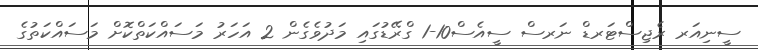
ސީނިއަރ ރެޖިސްޓަރޑް ނަރސް ސީއެސް10-1 ގްރޭޑުގައި މަދުވެގެން 2 އަހަރު މަސައްކަތްކޮށް މަސައްކަތުގެ